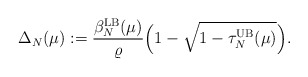
\begin{align*}\Delta_N(\mu) := \frac{\beta_N^{\textrm{LB}}(\mu)}{\varrho} \Big( 1-\sqrt{1-\tau_N^{\textrm{UB}}(\mu)}\Big).\end{align*}